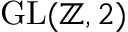
{ \mathrm { G L } } ( \mathbb { Z } , 2 )